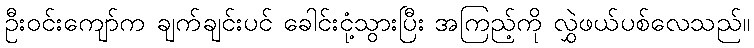
ဦးဝင်းကျော်က ချက်ချင်းပင် ခေါင်းငုံ့သွားပြီး အကြည့်ကို လွှဲဖယ်ပစ်လေသည်။